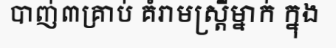
បាញ់៣គ្រាប់ គំរាមស្ត្រីម្នាក់ ក្នុង